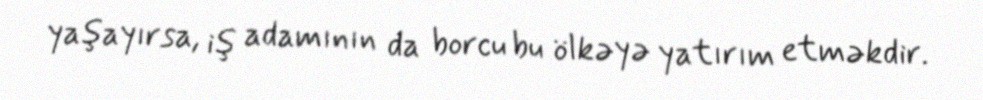
yaşayırsa, iş adamının da borcu bu ölkəyə yatırım etməkdir.